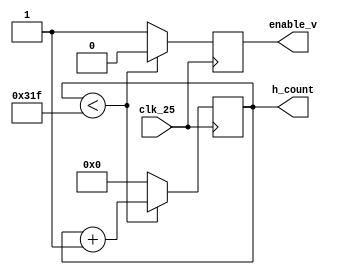
module horizontal_counter (clk_25, enable_v, h_count);
	input clk_25;
	output reg enable_v=0;
	output reg [15:0] h_count=0;
	
always @(posedge(clk_25)) begin
	
	if (h_count<799) begin
		h_count<=h_count+1;
		enable_v<=0;
		end
	else begin
		h_count<=0;
		enable_v<=1;
		end
	end
endmodule